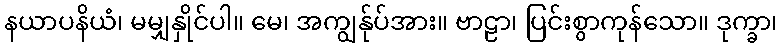
နယာပနိယံ၊ မမျှနှိုင်ပါ။ မေ၊ အကျွန်ုပ်အား။ ဗာဠာ၊ ပြင်းစွာကုန်သော။ ဒုက္ခာ၊